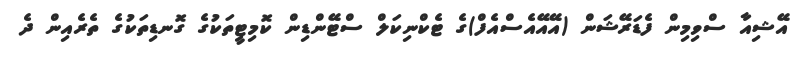
އޭޝިއާ ސްވިމިން ފެޑަރޭޝަން (އޭއޭއެސްއެފް)ގެ ޓެކްނިކަލް ސްޓޭންޑިން ކޮމިޓީތަކުގެ ގޮނޑިތަކުގެ ތެރެއިން ދެ